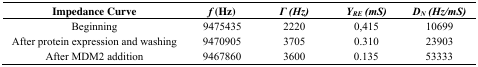
| Impedance Curve | f (Hz) | Γ (Hz) | YRE (mS) | DN (Hz/mS) |
 | --- | --- | --- | --- | --- |
 | Beginning | 9475435 | 2220 | 0,415 | 10699 |
 | After protein expression and washing | 9470905 | 3705 | 0.310 | 23903 |
 | After MDM2 addition | 9467860 | 3600 | 0.135 | 53333 |